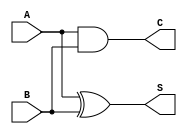
module HalfAdder (
    input wire A,      // Input A
    input wire B,      // Input B
    output wire S,     // Sum output
    output wire C      // Carry output
);
    assign S = A ^ B;  // Sum: A XOR B
    assign C = A & B;  // Carry: A AND B
endmodule